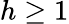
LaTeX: h\geq 1